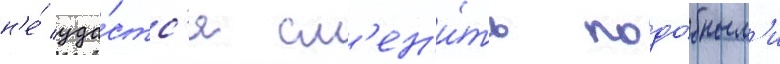
н'е́ уда́стс'я см'ен'и́ть подо́бным'и